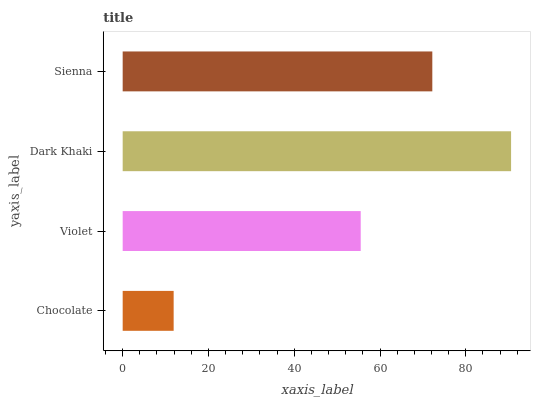
| yaxis_label | bars |
 | --- | --- |
 | Chocolate | 11.9 |
 | Violet | 55.5 |
 | Dark Khaki | 90.5 |
 | Sienna | 72.2 |